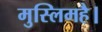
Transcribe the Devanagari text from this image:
मुस्लिमहै।